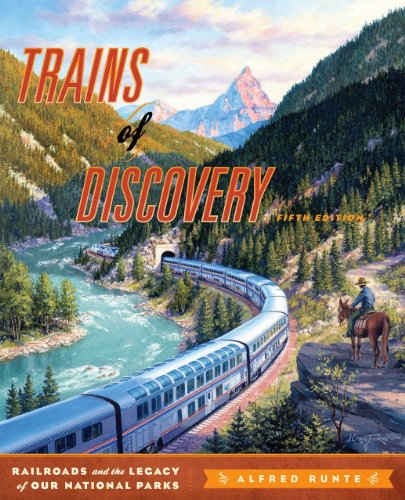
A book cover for Trains of Discovery: Railroads and the Legacy of Our National Parks; Alfred Runte; Travel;